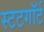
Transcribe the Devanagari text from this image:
स्टटगॉर्ट